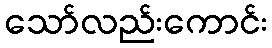
သော်လည်းကောင်း